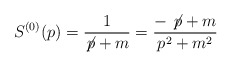
\begin{align*}S^{(0)} (p) = \frac{1}{\not{\!p} + m} = \frac{- \not{\!p} + m}{p^{2} +m^{2}}\end{align*}